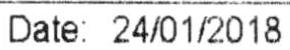
DATE: 24/01/2018